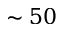
\sim 5 0